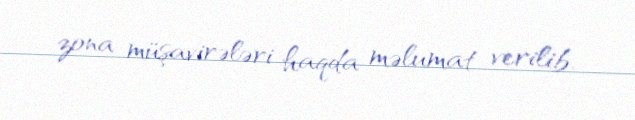
zona müşavirələri haqda məlumat verilib.